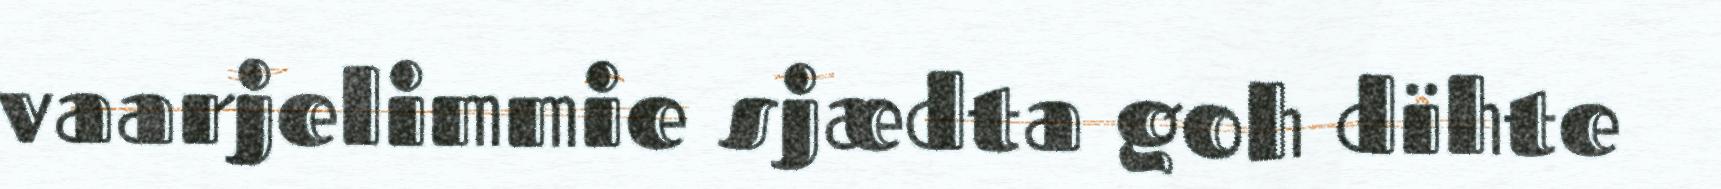
vaarjelimmie sjædta goh dïhte